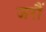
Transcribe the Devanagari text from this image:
जरौं